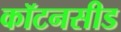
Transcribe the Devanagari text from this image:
कॉटनसीड